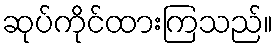
ဆုပ်ကိုင်ထားကြသည်။